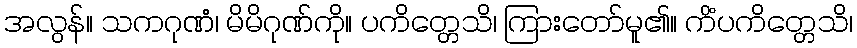
အလွန်။ သကဂုဏံ၊ မိမိဂုဏ်ကို။ ပကိတ္တေသိ၊ ကြားတော်မူ၏။ ကိံပကိတ္တေသိ၊